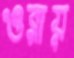
ওরায়